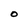
Character: O